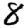
Digit: 8